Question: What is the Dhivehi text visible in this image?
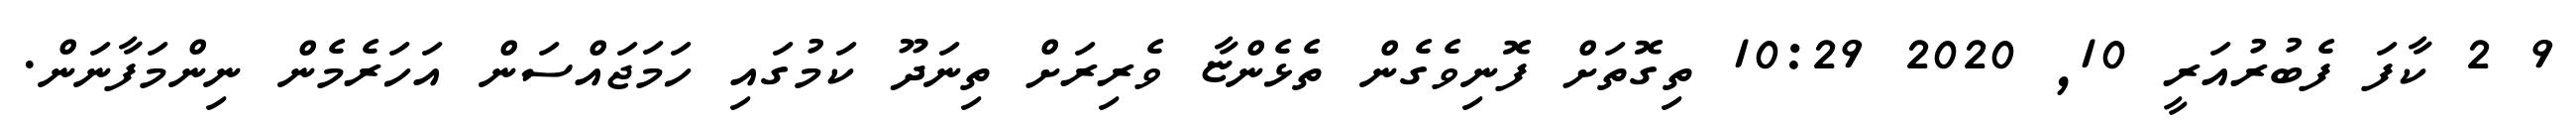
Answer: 9 2 ކާފަ ފެބުރުއަރީ 10, 2020 10:29 ތިގޮތަށް ފޮނިވެގެން ތެޅެންޏާ ވެރިރަށް ތިނަދޫ ކަމުގައި ހަމަޖައްސަން އަހަރެމެން ނިންމަފާނަން.